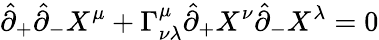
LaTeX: \hat{\partial}_{+}\hat{\partial}_{-}X^{\mu}+\Gamma_{\nu\lambda}^{\mu}\hat{\partial}_{+}X^{\nu}\hat{\partial}_{-}X^{\lambda}=0